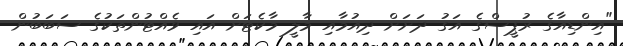
"އިންޑިއާގެ ރުޕީސްގެ އަގު ދަށަށް ދިއުމާއި މާލީ މާކެޓަށް އައި ވެއްޓުންތަކުގެ ސަބަބުން